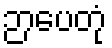
ဉာပေတုံ